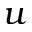
u